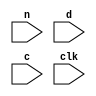
module storeNumbers(n,d,c,clk);
	input [31:0] n; //product of prime numbers
	input [31:0] d; //private key
	input [31:0] c; //cipher text
	input clk;
	reg [5:0] count;
	reg [1023:0] primeNum,privateKey,cipher;
	
	
	initial begin
	count = 5'b0;
	
	primeNum = 1024'b0;
	
	privateKey = 1024'b0;
	
	cipher = 1024'b0;
	end
	
	always @(posedge clk)begin
	
	//is this going to work?
	if(count < 5'b11111)
		begin
		primeNum = {primeNum,n};
		
		privateKey = {privateKey,d};
		
		cipher = {cipher,c};
		count = count + 5'b00001;
		end
	end
	
endmodule